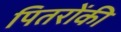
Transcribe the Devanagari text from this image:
पितरोंकी